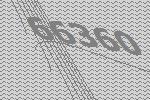
66360